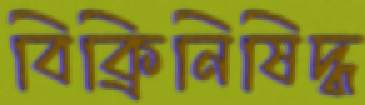
বিক্রিনিষিদ্ধ